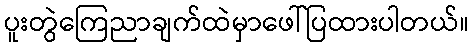
ပူးတွဲကြေညာချက်ထဲမှာဖေါ်ပြထားပါတယ်။